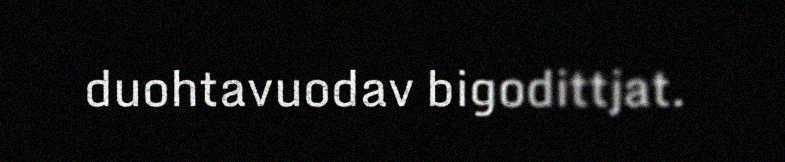
duohtavuodav bigodittjat.